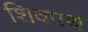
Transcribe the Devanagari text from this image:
शिवपथ